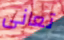
تعانى